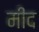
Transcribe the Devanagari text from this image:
मीद